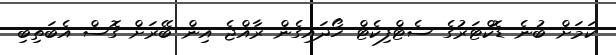
ކަމަށް ބުނެ ޑޮކްޓަރުގެ ސެޓްފިކެޓް ހޯދައިގެން ރާއްޖެ އިން ބޭރަށް ގޮސް އެބަތިބި